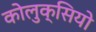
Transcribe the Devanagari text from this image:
कोलुक्सियो